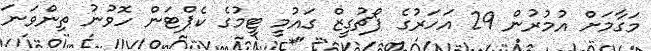
މަގާމަށް އުމުރުން 29 އަހަރުގެ ޕޯޗުގީޒް ގައުމީ ޓީމުގެ ކެޕްޓަން ހޮވުނު ތިންވަނަ